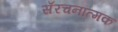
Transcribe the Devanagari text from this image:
सँरचनात्मक